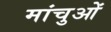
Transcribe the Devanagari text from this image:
मांचुओं